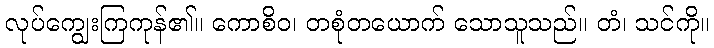
လုပ်ကျွေးကြကုန်၏။ ကောစိဝ၊ တစုံတယောက် သောသူသည်။ တံ၊ သင်ကို။